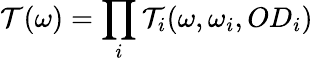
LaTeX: \mathcal{T}(\omega)=\prod_{i}\mathcal{T}_{i}(\omega,\omega_{i},OD_{i})